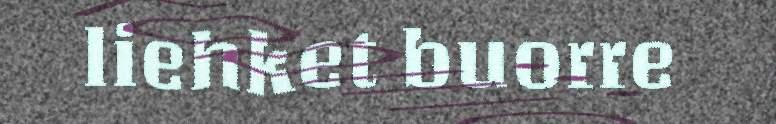
liehket buorre